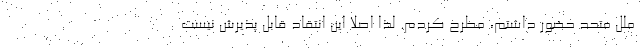
ملل متحد حضور داشتم، مطرح كردم. لذا اصلا اين انتقاد قابل پذيرش نيست